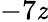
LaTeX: -7\mathit{z}